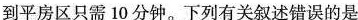
到平房区只需10分钟。下列有关叙述错误的是